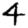
Digit: 4